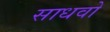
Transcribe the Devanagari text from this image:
साधवो